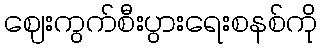
ဈေးကွက်စီးပွားရေးစနစ်ကို